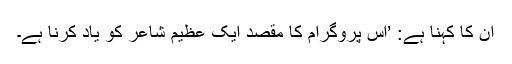
ان کا کہنا ہے: ’اس پروگرام کا مقصد ایک عظیم شاعر کو یاد کرنا ہے۔